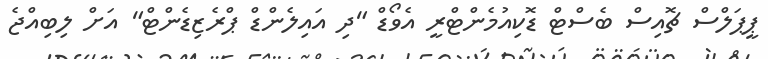
ޕީޕަލްސް ޗޮއިސް ބެސްޓް ޑޮކިއުމެންޓްރީ އެވޯޑް "ދި އައިލެންޑް ޕްރެޒިޑެންޓް" އަށް ލިބިއްޖެ